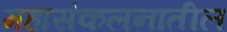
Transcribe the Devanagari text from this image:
महासंकलनातील